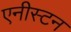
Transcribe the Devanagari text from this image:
एनीस्टन